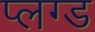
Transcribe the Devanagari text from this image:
प्लग्ड